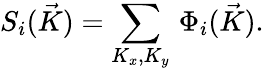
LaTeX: S_{i}(\vec{K})=\sum_{K_{x},K_{y}}\, \Phi_{i}(\vec{K}).